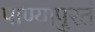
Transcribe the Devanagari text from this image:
पाण्यापुरतं